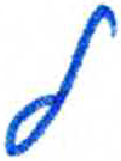
אות: ל